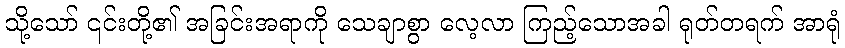
သို့သော် ၎င်းတို့၏ အခြင်းအရာကို သေချာစွာ လေ့လာ ကြည့်သောအခါ ရုတ်တရက် အာရုံ